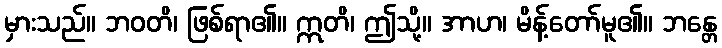
မှားသည်။ ဘဝတိ၊ ဖြစ်ရာ၏။ ဣတိ၊ ဤသို့။ အာဟ၊ မိန့်တော်မူ၏။ ဘန္တေ